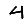
Digit: 4